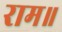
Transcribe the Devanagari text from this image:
राम॥